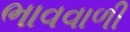
ભાવવાળી